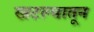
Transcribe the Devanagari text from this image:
खटल्यातून